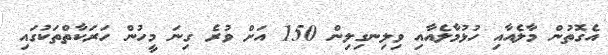
އެގޮތުން މާލެއާއި ހުޅުމާލެއާއި ވިލިނގިލިން 150 އަށް ވުރެ ގިނަ މީހުން ހަރަކާތްތަކުގައި